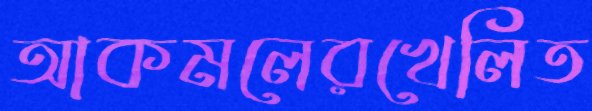
আকমলেরখেলিত